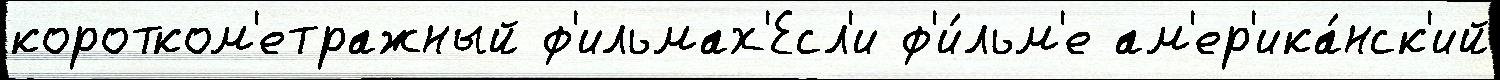
коротком'етражный ф'ильмах'Есл'и ф'и́льм'е ам'ер'ика́нск'ий